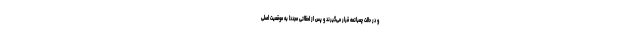
و در حالت چمباتمه قرار می‌گیرند و پس از لحظاتی مجددا به موقعیت اصلی